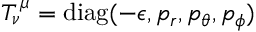
T _ { \nu } ^ { \, \mu } = \mathrm { d i a g } ( - \epsilon , p _ { r } , p _ { \theta } , p _ { \phi } )